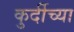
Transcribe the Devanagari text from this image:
कुर्दीच्या